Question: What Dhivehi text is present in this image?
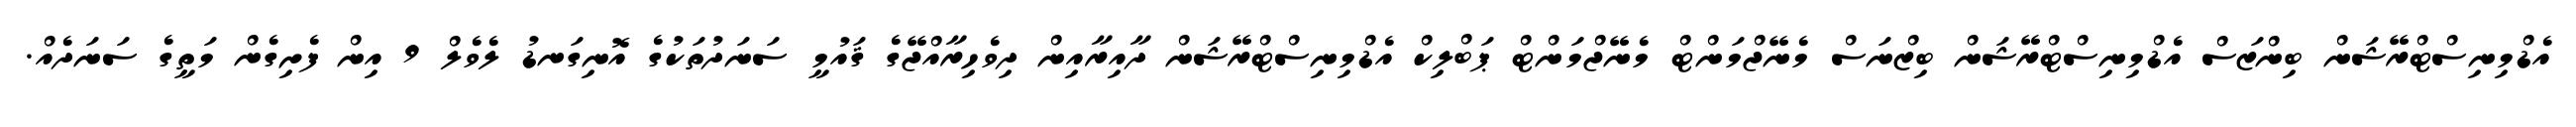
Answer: އެޑްމިނިސްޓްރޭޝަން ބިންޒަސް އެޑްމިނިސްޓްރޭޝަން ބިޒްނަސް މެނޭޖްމަންޓް މެނޭޖްމަންޓް ޕަބްލިކް އެޑްމިނިސްޓްރޭޝަން ދާއިރާއިން ދިވެހިރާއްޖޭގެ ޤައުމީ ސަނަދުތަކުގެ އޮނިގަނޑު ލެވެލް 9 އިން ފެށިގެން މަތީގެ ސަނަދެއް.